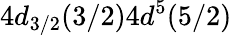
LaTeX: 4d_{3/2}(3/2)4d^{5}(5/2)